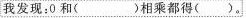
我发现：0和（）相乘都得（）。